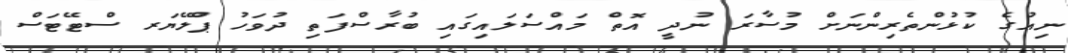
ނިއުގެ ކުޅުންތެރިންނަށް މުސާރަ ނުދީ އޮތް މައްސަލައިގައި ބުރާސްފަތި ދުވަހު ޕްލޭޔަރ ސްޓޭޓަސް